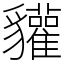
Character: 貛